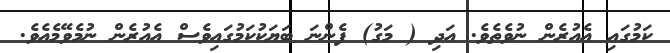
ކަމުގައި އެއުރެން ނުވެތެވެ. އަދި ( މަގު) ފެންނަ ބަޔަކުކަމުގައިވެސް އެއުރެން ނުމެވޭމެއެވެ.